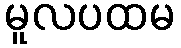
မူလပထမ